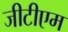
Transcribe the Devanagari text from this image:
जीटीएम